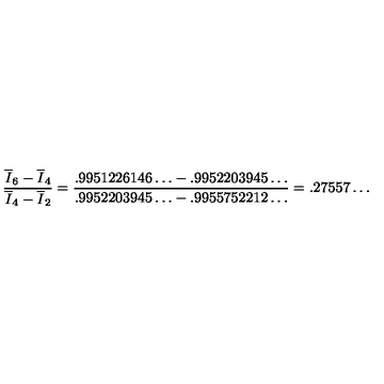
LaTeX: \frac { \overline { { I } } _ { 6 } - \overline { { I } } _ { 4 } } { \overline { { I } } _ { 4 } - \overline { { I } } _ { 2 } } = { \frac { { . 9 9 5 1 2 2 6 1 4 6 \ldots - . 9 9 5 2 2 0 3 9 4 5 \ldots } } { { . 9 9 5 2 2 0 3 9 4 5 \ldots - . 9 9 5 5 7 5 2 2 1 2 \ldots } } } = . 2 7 5 5 7 \ldots